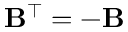
\mathbf { B } ^ { \top } = - \mathbf { B }